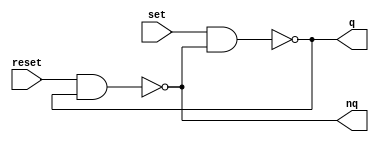
module RSFF(input set, input reset, output q, output nq);
  assign q = ~(set & nq);
  assign nq = ~(reset & q);
endmodule